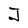
Character: J